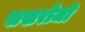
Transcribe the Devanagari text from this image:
सखरोजी